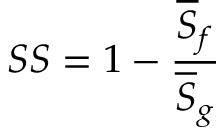
S S = 1 - \frac { \overline { { S } } _ { f } } { \overline { { S } } _ { g } }